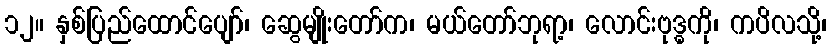
၁၂။ နှစ်ပြည်ထောင်ပျော်၊ ဆွေမျိုးတော်က၊ မယ်တော်ဘုရာ့၊ လောင်းဗုဒ္ဓကို၊ ကပိလသို့၊